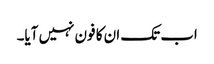
اب تک ان کا فون نہیں آیا۔